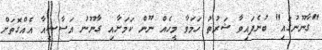
"ގާނޫނުގައި" ބުނެފައިވާ ޝަރުތު ހަމަވާ މީހެއް ނޫން ކަމަށާއި ގާނޫނު އަސާސީއާ އެއްގޮތަށް